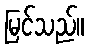
မြင်သည်။